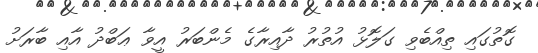
ގޮތުގައި ތިއްބެވި ގަލޮޅު އުތުރު ދާއިރާގެ މެންބަރު އީވާ ޢަބްދު އާއި ބާރަށު